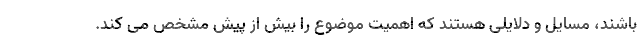
باشند، مسایل و دلایلی هستند که اهمیت موضوع را بیش از پیش مشخص می کند.